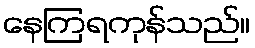
နေကြရကုန်သည်။